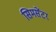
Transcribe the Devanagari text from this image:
सिमसेंटर